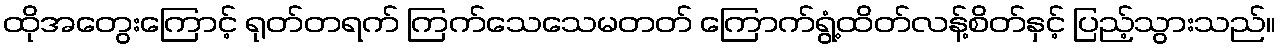
ထိုအတွေးကြောင့် ရုတ်တရက် ကြက်သေသေမတတ် ကြောက်ရွံ့ထိတ်လန့်စိတ်နှင့် ပြည့်သွားသည်။